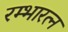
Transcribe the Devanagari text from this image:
रम्भारत्न